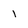
Character: 1